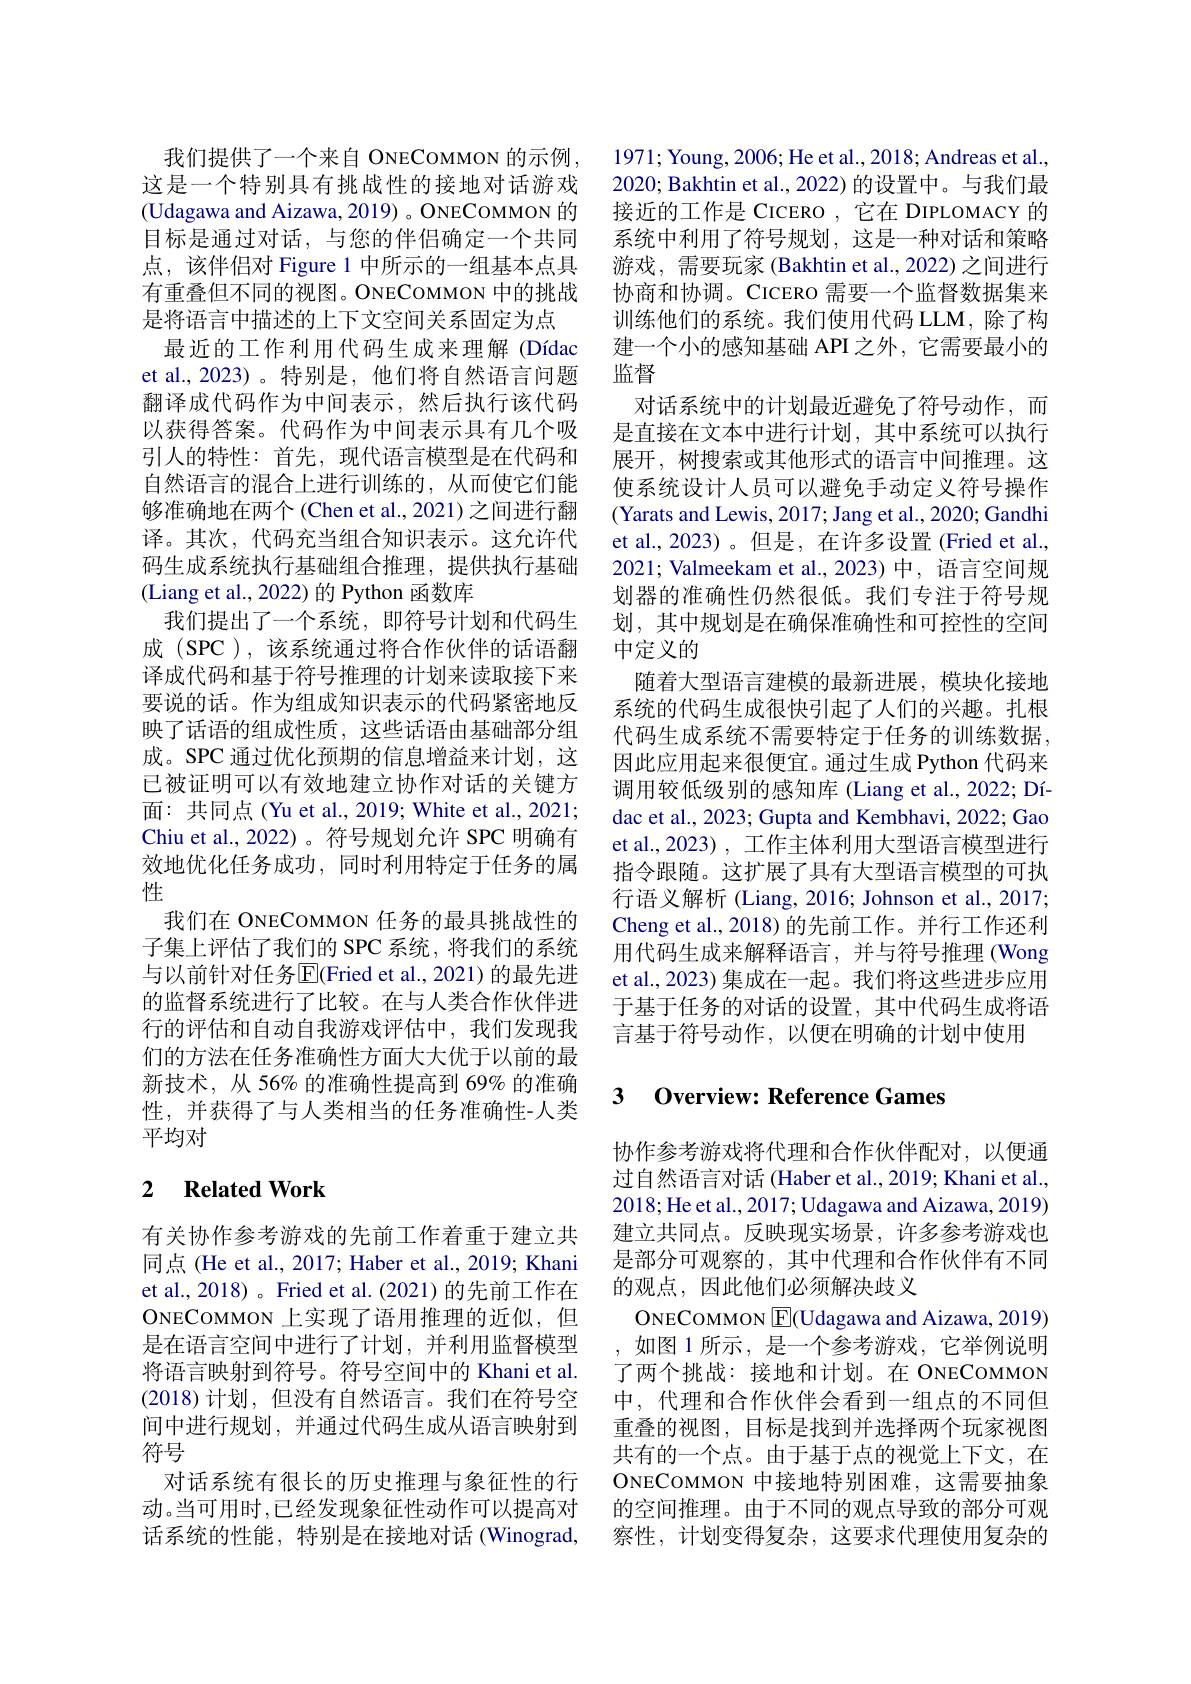
我们提供了一个来自 ONECOMMON 的示例， 这是一个特别具有挑战性的接地对话游戏(Udagawa and Aizawa, 2019) 。ONECOMMON 的目标是通过对话，与您的伴侣确定一个共同点，该伴侣对 Figure 1 中所示的一组基本点具有重叠但不同的视图。ONECOMMON 中的挑战是将语言中描述的上下文空间关系固定为点
最近的工作利用代码生成来理解 (Dídac et al.,2023)。特别是，他们将自然语言问题翻译成代码作为中间表示，然后执行该代码以获得答案。代码作为中间表示具有几个吸引人的特性：首先，现代语言模型是在代码和自然语言的混合上进行训练的，从而使它们能够准确地在两个(Chen et al., 2021) 之间进行翻译。其次，代码充当组合知识表示。这允许代码生成系统执行基础组合推理，提供执行基础(Liang et al., 2022)的 Python 函数库
我们提出了一个系统，即符号计划和代码生成(SPC),该系统通过将合作伙伴的话语翻译成代码和基于符号推理的计划来读取接下来要说的话。作为组成知识表示的代码紧密地反映了话语的组成性质，这些话语由基础部分组成。SPC 通过优化预期的信息增益来计划，这已被证明可以有效地建立协作对话的关键方面：共同点 (Yu et al., 2019; White et al., 2021; Chiu et al., 2022)。符号规划允许 SPC 明确有效地优化任务成功，同时利用特定于任务的属性
我们在 ONECOMMON 任务的最具挑战性的子集上评估了我们的 SPC 系统，将我们的系统与以前针对任务$\overline{\mathrm{E}}$(Fried et al., 2021) 的最先进的监督系统进行了比较。在与人类合作伙伴进行的评估和自动自我游戏评估中，我们发现我们的方法在任务准确性方面大大优于以前的最新技术，从56%的准确性提高到 69% 的准确性，并获得了与人类相当的任务准确性-人类平均对

## 2 $\textbf{Related Work}$

有关协作参考游戏的先前工作着重于建立共同点 (He et al., 2017; Haber et al., 2019; Khani et al., 2018) 。Fried et al. (2021) 的先前工作在ONECOMMON 上实现了语用推理的近似，但是在语言空间中进行了计划，并利用监督模型将语言映射到符号。符号空间中的 Khani et al. (2018)计划，但没有自然语言。我们在符号空间中进行规划，并通过代码生成从语言映射到符号
对话系统有很长的历史推理与象征性的行动。当可用时，已经发现象征性动作可以提高对话系统的性能，特别是在接地对话(Winograd,

1971; Young, 2006; He et al., 2018; Andreas et al. 2020; Bakhtin et al., 2022) 的设置中。与我们最接近的工作是 CICERO ,它在 DIPLOMACY 的系统中利用了符号规划，这是一种对话和策略游戏，需要玩家 (Bakhtin et al.,2022) 之间进行协商和协调。CICERO 需要一个监督数据集来训练他们的系统。我们使用代码 LLM, 除了构建一个小的感知基础 API 之外，它需要最小的监督
对话系统中的计划最近避免了符号动作，而是直接在文本中进行计划，其中系统可以执行展开，树搜索或其他形式的语言中间推理。这使系统设计人员可以避免手动定义符号操作(Yarats and Lewis, 2017; Jang et al., 2020; Gandhi et al., 2023)。但是，在许多设置 (Fried et al., 2021; Valmeekam et al., 2023) 中，语言空间规划器的准确性仍然很低。我们专注于符号规划，其中规划是在确保准确性和可控性的空间中定义的
随着大型语言建模的最新进展，模块化接地系统的代码生成很快引起了人们的兴趣。扎根代码生成系统不需要特定于任务的训练数据， 因此应用起来很便宜。通过生成 Python 代码来调用较低级别的感知库 (Liang et al., 2022; Dídac et al., 2023; Gupta and Kembhavi, 2022; Gao et al., 2023) , 工作主体利用大型语言模型进行指令跟随。这扩展了具有大型语言模型的可执行语义解析 (Liang, 2016; Johnson et al., 2017; Cheng et al., 2018)的先前工作。并行工作还利用代码生成来解释语言，并与符号推理(Wong et al., 2023) 集成在一起。我们将这些进步应用于基于任务的对话的设置，其中代码生成将语言基于符号动作，以便在明确的计划中使用

## 3 0verview: Reference Games

协作参考游戏将代理和合作伙伴配对，以便通过自然语言对话 (Haber et al., 2019; Khani et al., 2018; He et al., 2017; Udagawa and Aizawa, 2019) 建立共同点。反映现实场景，许多参考游戏也是部分可观察的，其中代理和合作伙伴有不同的观点，因此他们必须解决歧义
ONECOMMON $\boxed{\mathrm{F}}($Udagawa and Aizawa, 2019) 如图 1 所示 , 是一个参考游戏，它举例说明了两个挑战：接地和计划。在 ONECOMMON 中，代理和合作伙伴会看到一组点的不同但重叠的视图，目标是找到并选择两个玩家视图共有的一个点。由于基于点的视觉上下文，在ONECOMMON 中接地特别困难，这需要抽象的空间推理。由于不同的观点导致的部分可观察性，计划变得复杂，这要求代理使用复杂的